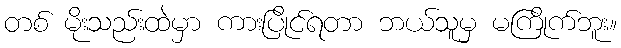
တစ် မိုးသည်းထဲမှာ ကားပြိုင်ရတာ ဘယ်သူမှ မကြိုက်ဘူး။